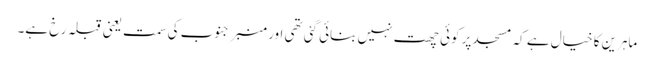
ماہرین کا خیال ہے کہ مسجد پر کوئی چھت نہیں بنائی گئی تھی اور منبر جنوب کی سمت یعنی قبلہ رخ ہے۔